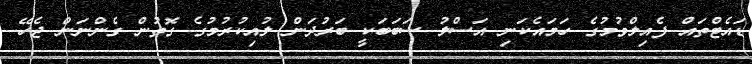
ޑައެޓްތައް ފެއިލްވުމުގެ ހަމައެކަނި އަސްލު ސަބަބަކީ ބަރުދަން ލުއިކުރުމުގެ ގޮތުން ގެންނަން ޖެހޭ